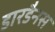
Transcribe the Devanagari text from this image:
डारडैनस